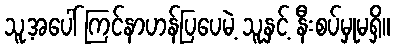
သူ့အပေါ် ကြင်နာဟန်ပြပေမဲ့ သူနှင့် နီးစပ်မှုမရှိ။